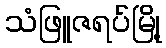
သံဖြူဇရပ်မြို့